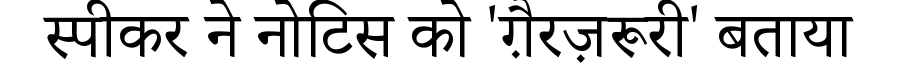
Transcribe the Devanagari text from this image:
स्पीकर ने नोटिस को 'ग़ैरज़रूरी' बताया